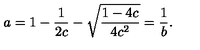
a = 1 - \frac { 1 } { 2 c } - \sqrt { \frac { 1 - 4 c } { 4 c ^ { 2 } } } = \frac { 1 } { b } .